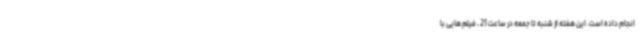
انجام داده است. این هفته از شنبه تا جمعه در ساعت 21 ، فیلم هایی با